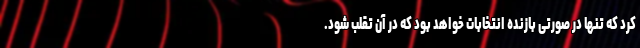
کرد که تنها در صورتی بازنده انتخابات خواهد بود که در آن تقلب شود.